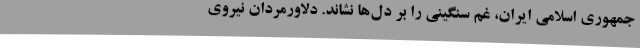
جمهوری اسلامی ایران، غم سنگینی را بر دل‌ها نشاند. دلاورمردان نیروی